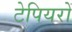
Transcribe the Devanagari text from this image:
टेपियरों